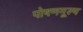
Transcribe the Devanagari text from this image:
पोषणमूल्य